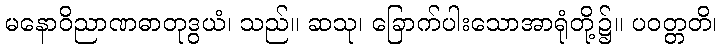
မနောဝိညာဏဓာတုဒွယံ၊ သည်။ ဆသု၊ ခြောက်ပါးသောအာရုံတို့၌။ ပဝတ္တတိ၊